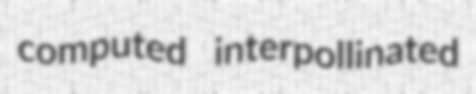
computed interpollinated